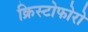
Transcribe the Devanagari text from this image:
क्रिस्टोफोरो